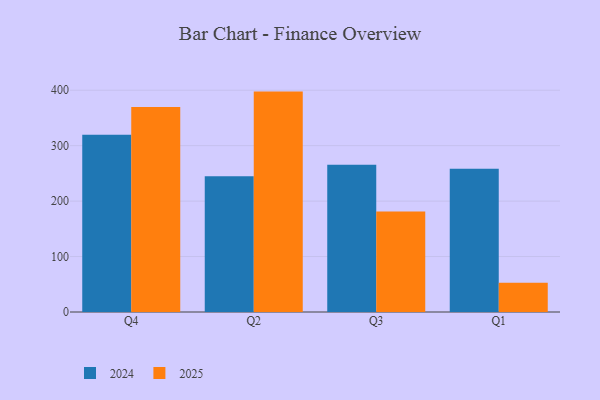
{"axis": {"x": "Quarter", "y": "Customer Acquisition Cost (USD)"}, "legend": ["2024", "2025"], "data": [{"x": "Q4", "y": 319.9, "type": "2024"}, {"x": "Q4", "y": 369.9, "type": "2025"}, {"x": "Q2", "y": 244.9, "type": "2024"}, {"x": "Q2", "y": 397.5, "type": "2025"}, {"x": "Q3", "y": 265.7, "type": "2024"}, {"x": "Q3", "y": 181.2, "type": "2025"}, {"x": "Q1", "y": 258.4, "type": "2024"}, {"x": "Q1", "y": 52.8, "type": "2025"}]}